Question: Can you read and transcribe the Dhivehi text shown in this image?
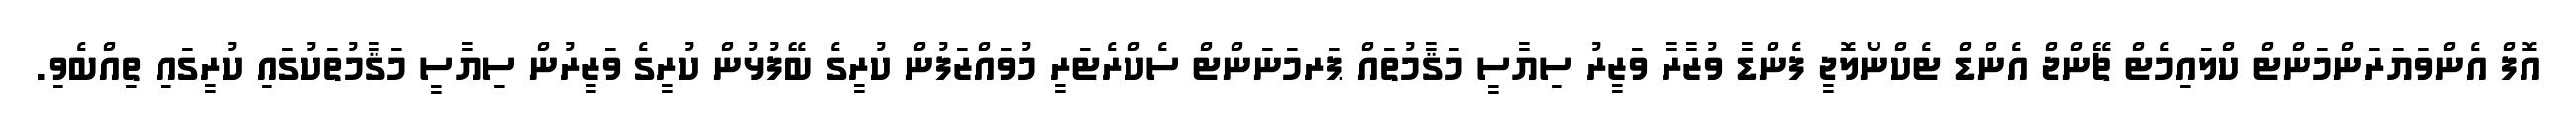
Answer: އޮފް އެންވަޔަރަންމަންޓް ކްލައިމެޓް ޗޭންޖް އެންޑް ޓެކްނޯލޮޖީ ފެންޑާ ވުޒާރާ ވަޒީރު ސިޔާސީ މަޤާމުތައް ޕަރމަނަންޓް ސެކްރެޓަރީ މުވައްޒަފުން ކުރީގެ ބޭފުޅުން ކުރީގެ ވަޒީރުން ސިޔާސީ މަޤާމުތަކުގައި ކުރީގައި ތިއްބެވި.